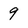
Character: 9